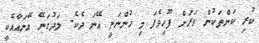
ކުރި ކަންތަކުން ވަރަށް ފޫހިވެފަ މި ހުންނަނީ އޭނަ ދެކެ. ލަދުގަނޭ އޭނައާއެކީ